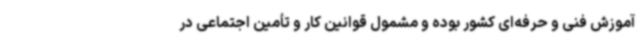
آموزش فنی و حرفه‌ای کشور بوده و مشمول قوانین کار و تأمین اجتماعی در